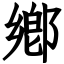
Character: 鄕